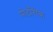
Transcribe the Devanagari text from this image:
पोर्टोरीक